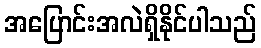
အပြောင်းအလဲရှိနိုင်ပါသည်